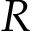
R